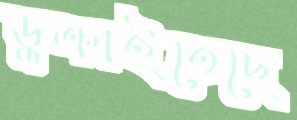
ডুক্‌রাইতেছে